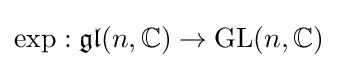
\exp :{\mathfrak {gl}}(n,\mathbb {C} )\to {\text{GL}}(n,\mathbb {C} )